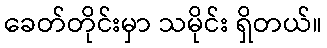
ခေတ်တိုင်းမှာ သမိုင်း ရှိတယ်။